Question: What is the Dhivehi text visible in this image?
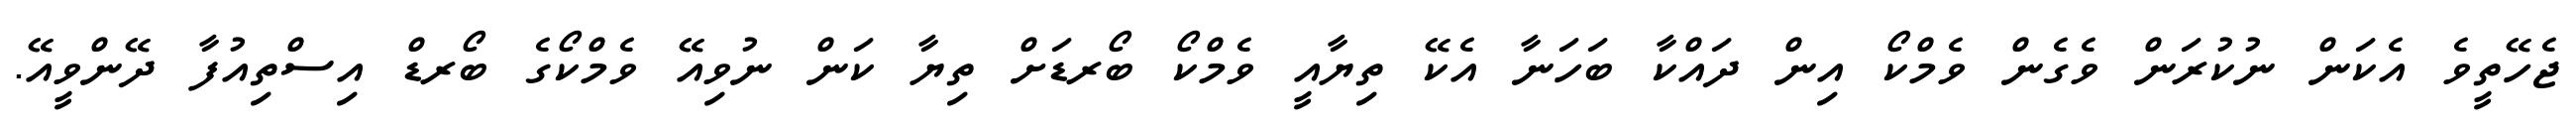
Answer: ޖެހޭތީވެ އެކަން ނުކުރަން ވެގެން ވެމްކޯ އިން ދައްކާ ބަހަނާ އެކޭ ތިޔާއީ ވެމްކޯ ބޯރޑަށް ތިޔާ ކަން ނުވިއޭ ވެމްކޯގެ ބޯރޑް އިސްތިއުފާ ދޭންވީއޭ.